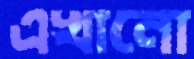
এখানো